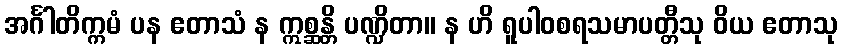
အင်္ဂါတိက္ကမံ ပန ဧတာသံ န ဣစ္ဆန္တိ ပဏ္ဍိတာ။ န ဟိ ရူပါဝစရသမာပတ္တီသု ဝိယ ဧတာသု